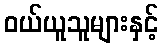
ဝယ်ယူသူများနှင့်